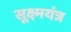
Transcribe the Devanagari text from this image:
सूक्ष्मयंत्र